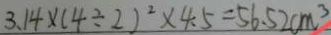
3 . 1 4 \times ( 4 \div 2 ) ^ { 2 } \times 4 . 5 = 5 6 . 5 2 c m ^ { 3 }